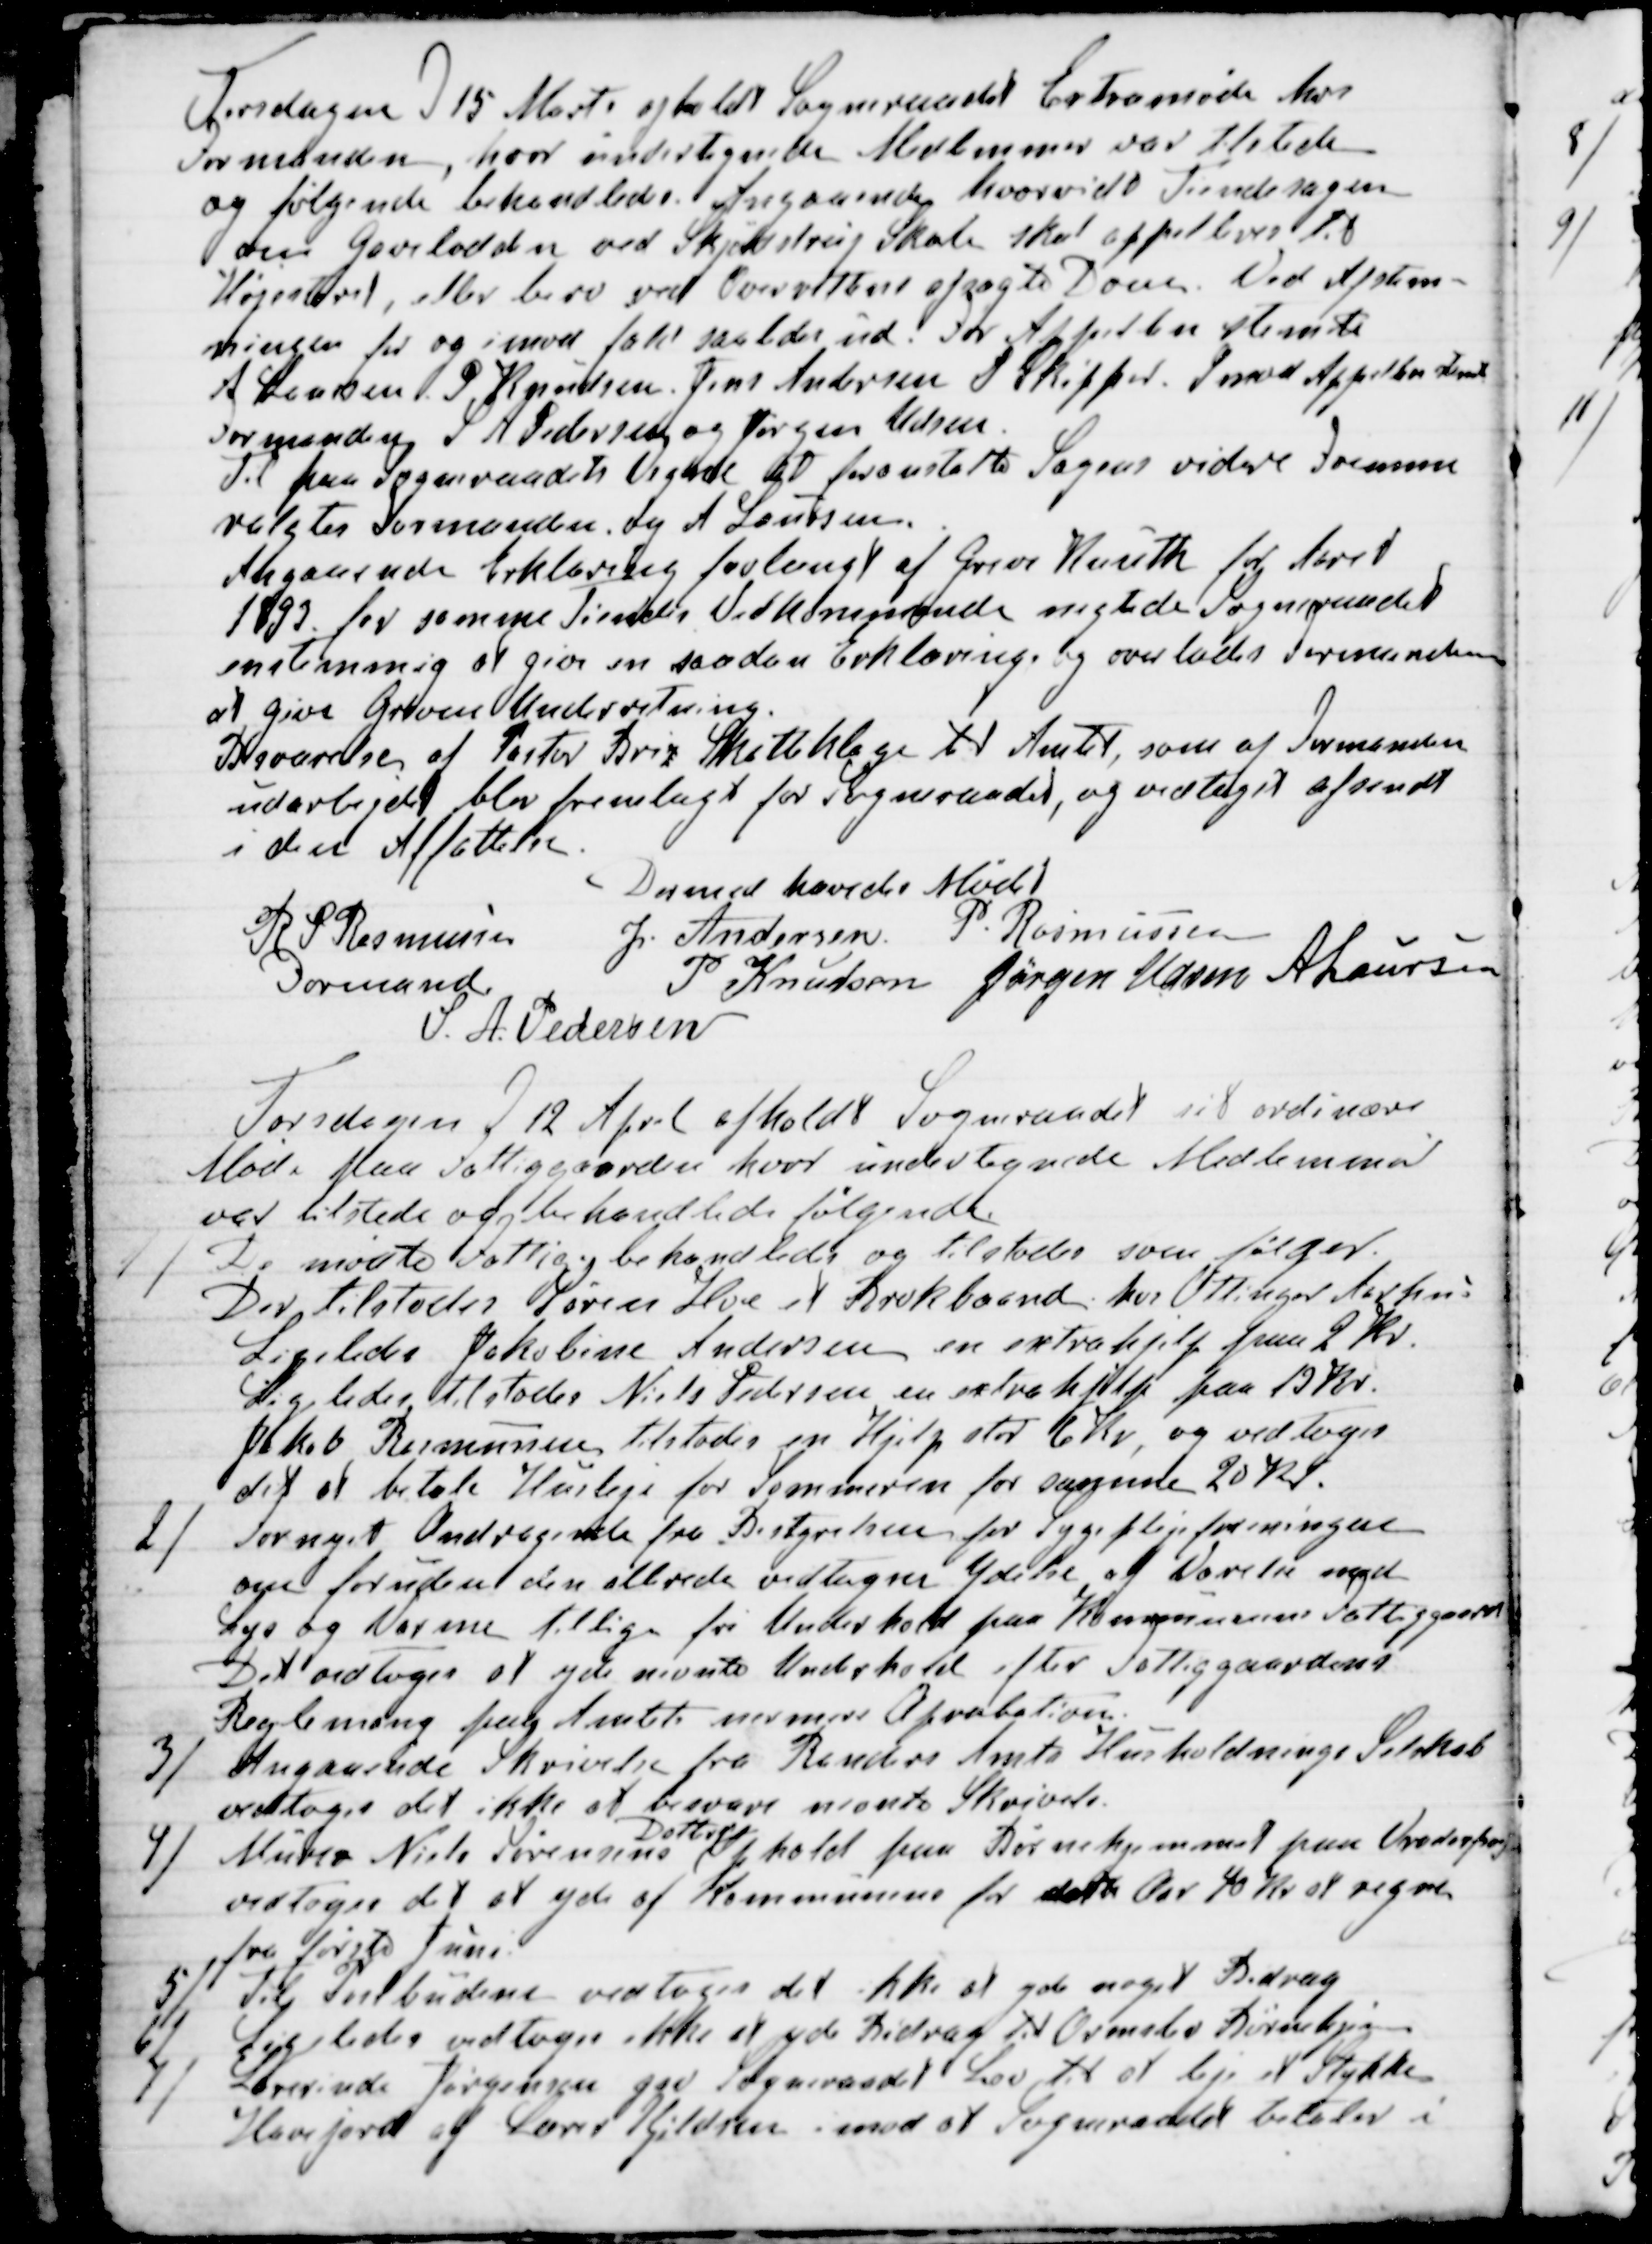
Transskription:
Torsdagen d 15 Marts afholdt Sogneraadet Extramøde hos
Formanden, hvor undertegnede Medlemmer var tilstede
og følgende behandledes. Angaaende hvorvidt Tiendesagen
om Gavelodden ved Skjødstrup Skole skal appelleres til
Højesteret, eller bero ved Overrettens afsagte Dom. Ved Afstem-
ningen for og imod faldt saaledes ud. For Appellen stemte
A Laursen P Knudsen Jens Andersen P Skipper. Imod Appellen stemt
Formanden S A Pedersen og Jørgen Udsen.
Til paa Sogneraadets Vegne at foranstalte Sagens videre Fremme
valgtes Formanden og A Laursen.
Angaaende Erklæring forlangt af Greve Knuth for Aaret 
1893 for samme Tiendes Vedkommende negtede Sogneraadet
enstemmig at give en saadan Erklæring og overlodes Formanden
at give Greven Underretning.
Besvarelsen af Pastor Brix Skatteklage til Amtet, som af  Formanden 
udarbejdet blev fremlagt for Sogneraadet, og vedtaget afsendt
i den Affattelse.
Dermed hævedes Mødet
R P Rasmussen
Formand
J. Andersen
P. Rasmussen
P Knudsen
Jørgen Udsen
A Laursen
S. A. Pedersen

Torsdagen d 12 April afholdt Sogneraadet sit ordinære
Møde paa Fattiggaarden hvor undertegnede Medlemmer
var tilstede og behandlede følgende.
1) De mødte Fattige behandledes og tilstodes som følger.
Der tilstodes Søren Hoe et Brokbaand hos Ottinger Aarhus
Ligeledes Jakobine Andersen en extrahjelp paa 2 Kr.
Ligeledes tilstodes Niels Pedersen en extrahjelp paa 10 Kr.
Jacob Rasmussen tilstodes en Hjelp stor 6 Kr, og vedtoges
det at betale Husleje for Sommeren for samme 20 Kr.
2) Fornyet Andragende fra Bestyrelsen for Sygeplejeforeningen
og foruden den allerede vedtagne Ydelse af Værelse med
Lys og Varme tillige fri Underhold paa Kommunens Fattiggaard
Det vedtoges at yde nevnte Underhold efter Fattiggaardens
Reglemang  paa Amtets nermere Aprobation.
3) Angaaende Skrivelse fra Randers Amts Husholdnings Selskab
vedtoges det ikke at besvare nevnte Skrivelse.
4) Murer Niels Sørensens
Datter
Ophold paa Børnehjemmet paa Vrodorfsvej
vedtoges det at yde af Kommunen for dette Aar 40 Kr at regne
fra første Juni
5) Til Postbudene vedtoges det ikke at yde noget Bidrag
6) Ligeledes vedtoges ikke at yde Bidrag til Ormslev Børnehjem.
7) Lærerinde Jørgensen gav Sogneraadet Lov til at leje et Stykke
Havejord af Lærer Kjeldsen imod at Sogneraadet betaler i